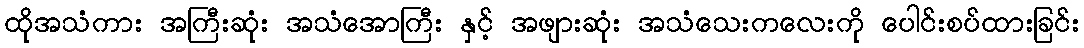
ထိုအသံကား အကြီးဆုံး အသံအောကြီး နှင့် အဖျားဆုံး အသံသေးကလေးကို ပေါင်းစပ်ထားခြင်း